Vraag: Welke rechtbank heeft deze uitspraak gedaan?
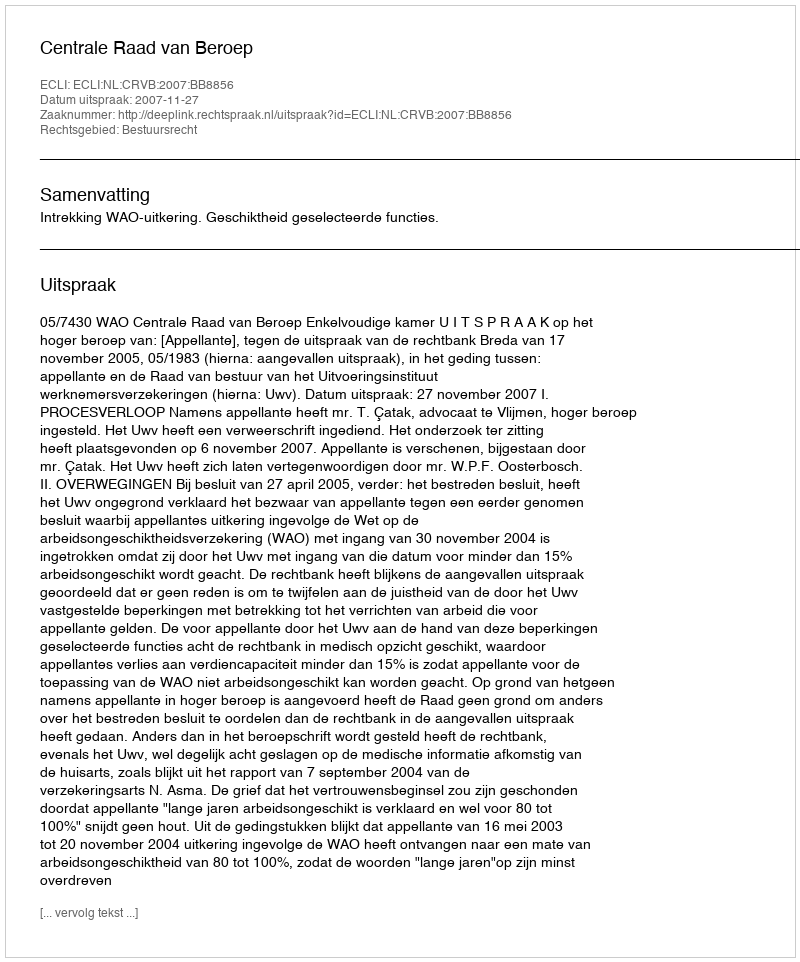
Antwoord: Centrale Raad van Beroep